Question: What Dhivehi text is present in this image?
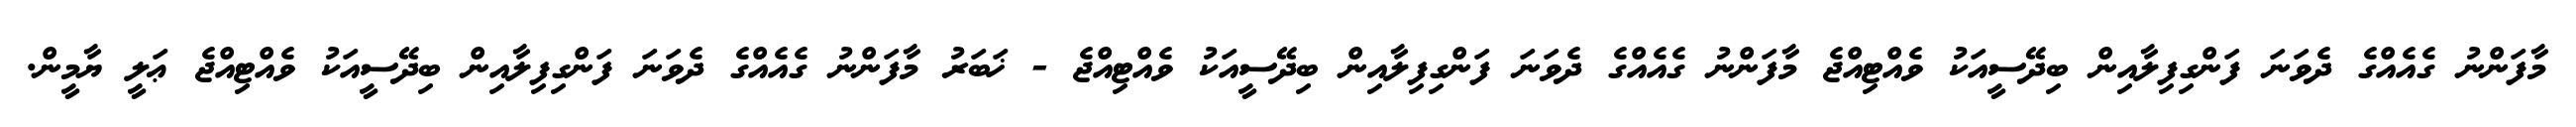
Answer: މާފަންނު ގެއެއްގެ ދެވަނަ ފަންގިފިލާއިން ބިދޭސީއަކު ވެއްޓިއްޖެ މާފަންނު ގެއެއްގެ ދެވަނަ ފަންގިފިލާއިން ބިދޭސީއަކު ވެއްޓިއްޖެ - ޚަބަރު މާފަންނު ގެއެއްގެ ދެވަނަ ފަންގިފިލާއިން ބިދޭސީއަކު ވެއްޓިއްޖެ ޢަލީ ޔާމީން.